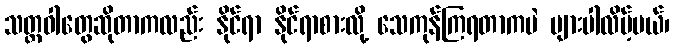
သတ္တဝါတွေဆိုတာကလည်း နိုင်ရာ နိုင်ရာစားလို့ သေကုန်ကြရတာကပဲ များပါလိမ့်မယ်၊